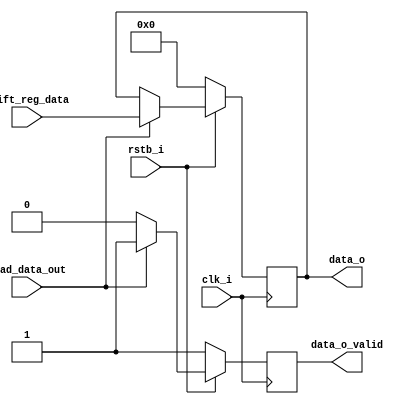
`timescale 1ns / 1ps
//////////////////////////////////////////////////////////////////////////////////
// Company: 
// Engineer: 
// 
// Design Name: 
// Module Name: UART_Receiver_DataOutRegister
//////////////////////////////////////////////////////////////////////////////////


module UART_Receiver_DataOutRegister(
    input clk_i,
    input rstb_i,
    input [7:0] shift_reg_data,
    input load_data_out, 
    output reg data_o_valid,
    output reg [7:0] data_o
);
    
    reg [7:0] data = 0;
    
    always @(posedge clk_i) begin 
        if (!rstb_i) begin
            data_o <= 0;
            data_o_valid <= 1;
        end else begin
            if (load_data_out) begin
                data_o [7:0] <= shift_reg_data [7:0];
                data_o_valid <= 1;
            end else begin
                data_o_valid <= 0;
            end
        end
    end
endmodule